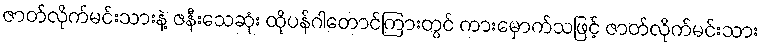
ဇာတ်လိုက်မင်းသားနဲ့ ဇနီးသေဆုံး ထိုပန်ဂါတောင်ကြားတွင် ကားမှောက်သဖြင့် ဇာတ်လိုက်မင်းသား